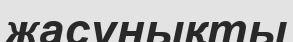
жасунықты